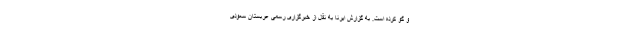
و گو کرده است. به گزارش ایرنا به نقل از خبرگزاری رسمی عربستان سعودی